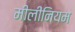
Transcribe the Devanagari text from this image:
मीलींनियम